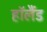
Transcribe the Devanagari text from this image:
हाॅलैंड